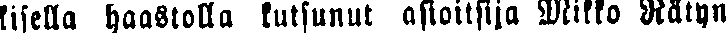
kisella haastolla kutsunut asioitsija Miko Rätyn